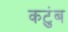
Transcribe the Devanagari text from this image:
कटुंब